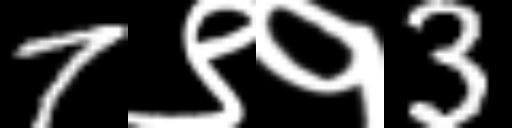
Text: 7९१3